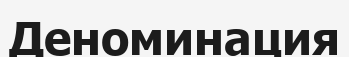
Деноминация